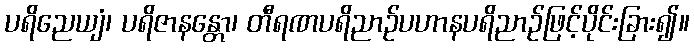
ပရိညေယျံ၊ ပရိဇာနန္တော၊ တီရဏပရိညာဉ်ပဟာနပရိညာဉ်ဖြင့်ပိုင်းခြား၍။